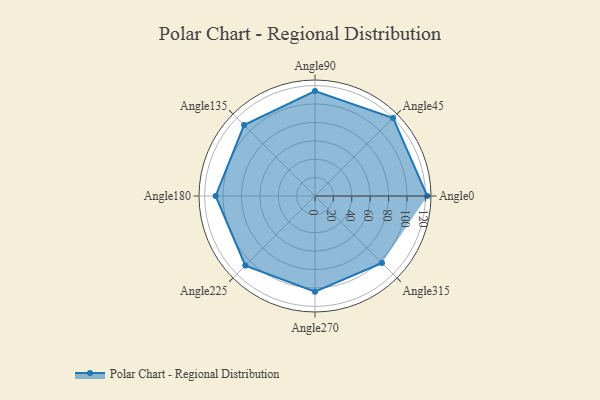
{"axis": {"x": "Angle", "y": "Radius"}, "legend": [""], "data": [{"x": "Angle0", "y": 122.0, "type": ""}, {"x": "Angle45", "y": 120.0, "type": ""}, {"x": "Angle90", "y": 114.0, "type": ""}, {"x": "Angle135", "y": 109.0, "type": ""}, {"x": "Angle180", "y": 108.0, "type": ""}, {"x": "Angle225", "y": 107.0, "type": ""}, {"x": "Angle270", "y": 104.0, "type": ""}, {"x": "Angle315", "y": 103.0, "type": ""}]}